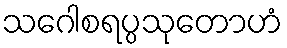
သဂေါစရပ္ပသုတောဟံ